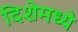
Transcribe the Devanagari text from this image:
दिशेमध्ये